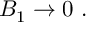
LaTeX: { \cal B } _ { 1 } \rightarrow 0 \ .